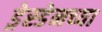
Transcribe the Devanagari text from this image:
ड्रेस्डेनच्या